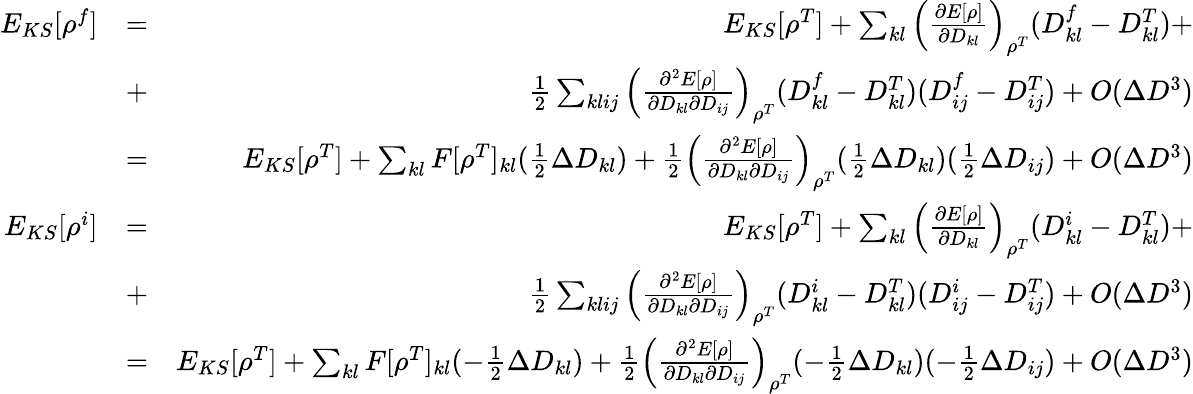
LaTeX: \begin{array}{rlr}{E_{KS}[\rho^{f}]}&{=}&{E_{KS}[\rho^{T}]+\sum_{kl}\left(\frac{\partial E[\rho]}{\partial D_{kl}}\right)_{\rho^{T}}(D_{kl}^{f}-D_{kl}^{T})+}\\ &{+}&{\frac{1}{2}\sum_{klij}\left(\frac{\partial^{2}E[\rho]}{\partial D_{kl}\partial D_{ij}}\right)_{\rho^{T}}(D_{kl}^{f}-D_{kl}^{T})(D_{ij}^{f}-D_{ij}^{T})+O(\Delta D^{3})}\\ &{=}&{E_{KS}[\rho^{T}]+\sum_{kl}F[\rho^{T}]_{kl}(\frac{1}{2}\Delta D_{kl})+\frac{1}{2}\left(\frac{\partial^{2}E[\rho]}{\partial D_{kl}\partial D_{ij}}\right)_{\rho^{T}}(\frac{1}{2}\Delta D_{kl})(\frac{1}{2}\Delta D_{ij})+O(\Delta D^{3})}\\ {E_{KS}[\rho^{i}]}&{=}&{E_{KS}[\rho^{T}]+\sum_{kl}\left(\frac{\partial E[\rho]}{\partial D_{kl}}\right)_{\rho^{T}}(D_{kl}^{i}-D_{kl}^{T})+}\\ &{+}&{\frac{1}{2}\sum_{klij}\left(\frac{\partial^{2}E[\rho]}{\partial D_{kl}\partial D_{ij}}\right)_{\rho^{T}}(D_{kl}^{i}-D_{kl}^{T})(D_{ij}^{i}-D_{ij}^{T})+O(\Delta D^{3})}\\ &{=}&{E_{KS}[\rho^{T}]+\sum_{kl}F[\rho^{T}]_{kl}(-\frac{1}{2}\Delta D_{kl})+\frac{1}{2}\left(\frac{\partial^{2}E[\rho]}{\partial D_{kl}\partial D_{ij}}\right)_{\rho^{T}}(-\frac{1}{2}\Delta D_{kl})(-\frac{1}{2}\Delta D_{ij})+O(\Delta D^{3})}\end{array}